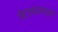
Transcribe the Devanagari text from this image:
जेटलाइनर्स